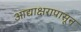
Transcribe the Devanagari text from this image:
आद्याक्षरापासून